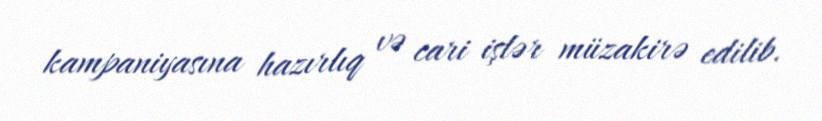
kampaniyasına hazırlıq və cari işlər müzakirə edilib.